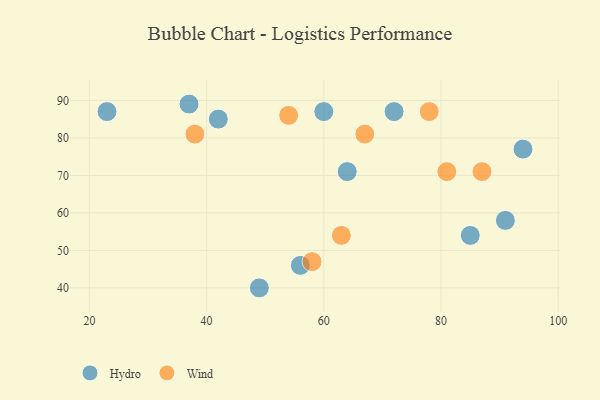
{"axis": {"x": "GDP", "y": "Life Expectancy"}, "legend": ["Hydro", "Wind"], "data": [{"x": "37", "y": 89, "type": "Hydro"}, {"x": "42", "y": 85, "type": "Hydro"}, {"x": "85", "y": 54, "type": "Hydro"}, {"x": "49", "y": 40, "type": "Hydro"}, {"x": "72", "y": 87, "type": "Hydro"}, {"x": "60", "y": 87, "type": "Hydro"}, {"x": "94", "y": 77, "type": "Hydro"}, {"x": "23", "y": 87, "type": "Hydro"}, {"x": "91", "y": 58, "type": "Hydro"}, {"x": "56", "y": 46, "type": "Hydro"}, {"x": "64", "y": 71, "type": "Hydro"}, {"x": "87", "y": 71, "type": "Wind"}, {"x": "54", "y": 86, "type": "Wind"}, {"x": "78", "y": 87, "type": "Wind"}, {"x": "58", "y": 47, "type": "Wind"}, {"x": "63", "y": 54, "type": "Wind"}, {"x": "81", "y": 71, "type": "Wind"}, {"x": "67", "y": 81, "type": "Wind"}, {"x": "38", "y": 81, "type": "Wind"}]}